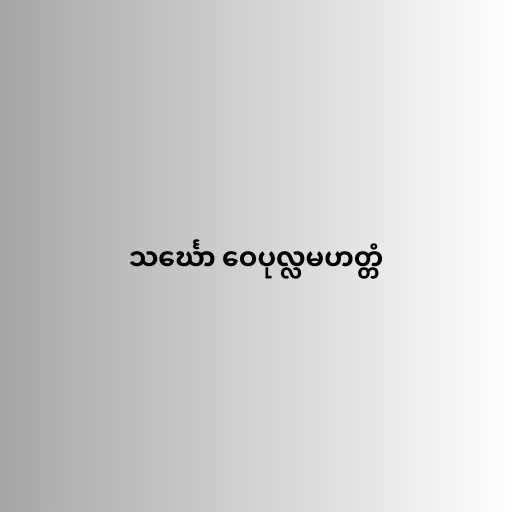
သင်္ဃော ဝေပုလ္လမဟတ္တံ